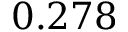
0 . 2 7 8